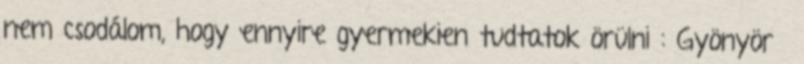
nem csodálom, hogy ennyire gyermekien tudtatok örülni : Gyönyörű